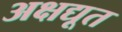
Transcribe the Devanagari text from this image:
अक्षद्यूत